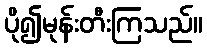
ပို၍မုန်းတီးကြသည်။